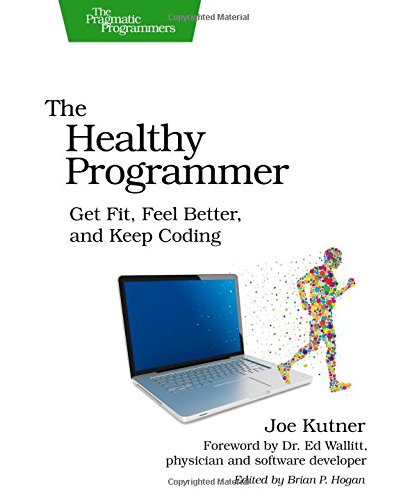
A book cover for The Healthy Programmer: Get Fit, Feel Better, and Keep Coding (Pragmatic Programmers); Joe Kutner; Health, Fitness & Dieting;